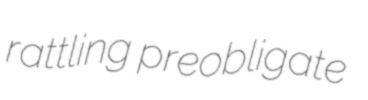
rattling preobligate